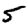
Digit: 5